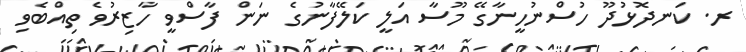
ރ. ކަނދޮޅުދޫ ހުސްނުހީނާގޭ މޫސާ އަލީ ކަލޭފާނުގެ ނަން ފާސްވީ ހާޒިރުވެ ތިއްބެވި